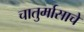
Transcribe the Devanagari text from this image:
चातुर्मासाचे